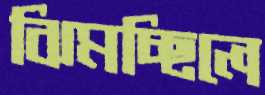
ঝিমচ্ছিলে